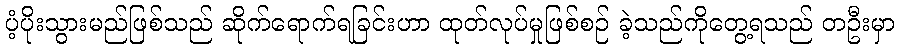
ပံ့ပိုးသွားမည်ဖြစ်သည် ဆိုက်ရောက်ရခြင်းဟာ ထုတ်လုပ်မှုဖြစ်စဉ် ခဲ့သည်ကိုတွေ့ရသည် တဦးမှာ